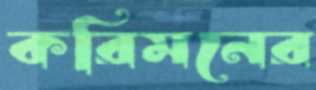
করিমনের